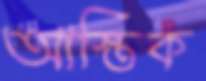
আস্তিক